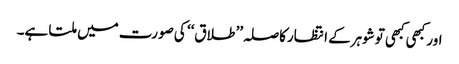
اور کبھی کبھی توشوہرکے انتظارکاصلہ’’ طلاق‘‘ کی صورت میں ملتا ہے۔